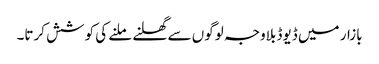
بازار میں ڈیوڈ بلاوجہ لوگوں سے گھلنے ملنے کی کوشش کرتا۔